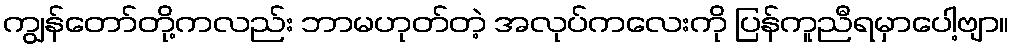
ကျွန်တော်တို့ကလည်း ဘာမဟုတ်တဲ့ အလုပ်ကလေးကို ပြန်ကူညီရမှာပေါ့ဗျာ။